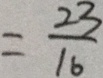
= \frac { 2 3 } { 1 6 }